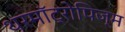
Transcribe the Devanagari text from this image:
थरमॉट्रोपिज्म